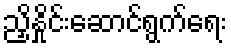
ညှိနှိုင်းဆောင်ရွက်ရေး